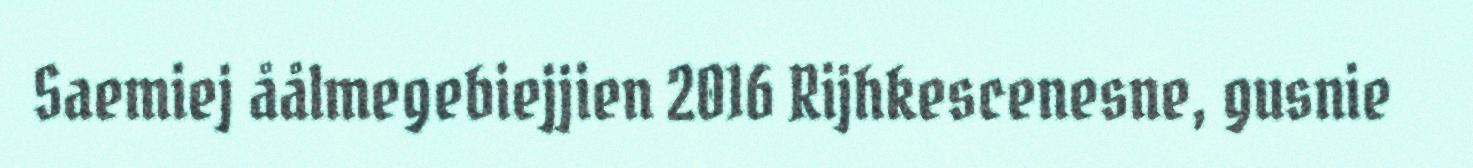
Saemiej åålmegebiejjien 2016 Rijhkescenesne, gusnie